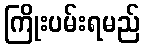
ကြိုးပမ်းရမည်